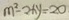
m ^ { 2 } - 2 x y = 2 0